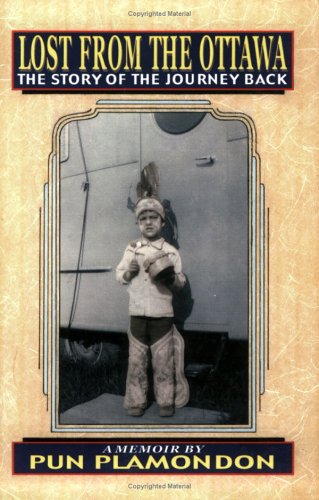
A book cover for Lost From The Ottawa: The Story Of The Journey Back; Pun Plamondon; Humor & Entertainment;